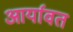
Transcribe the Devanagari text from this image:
आर्यावत